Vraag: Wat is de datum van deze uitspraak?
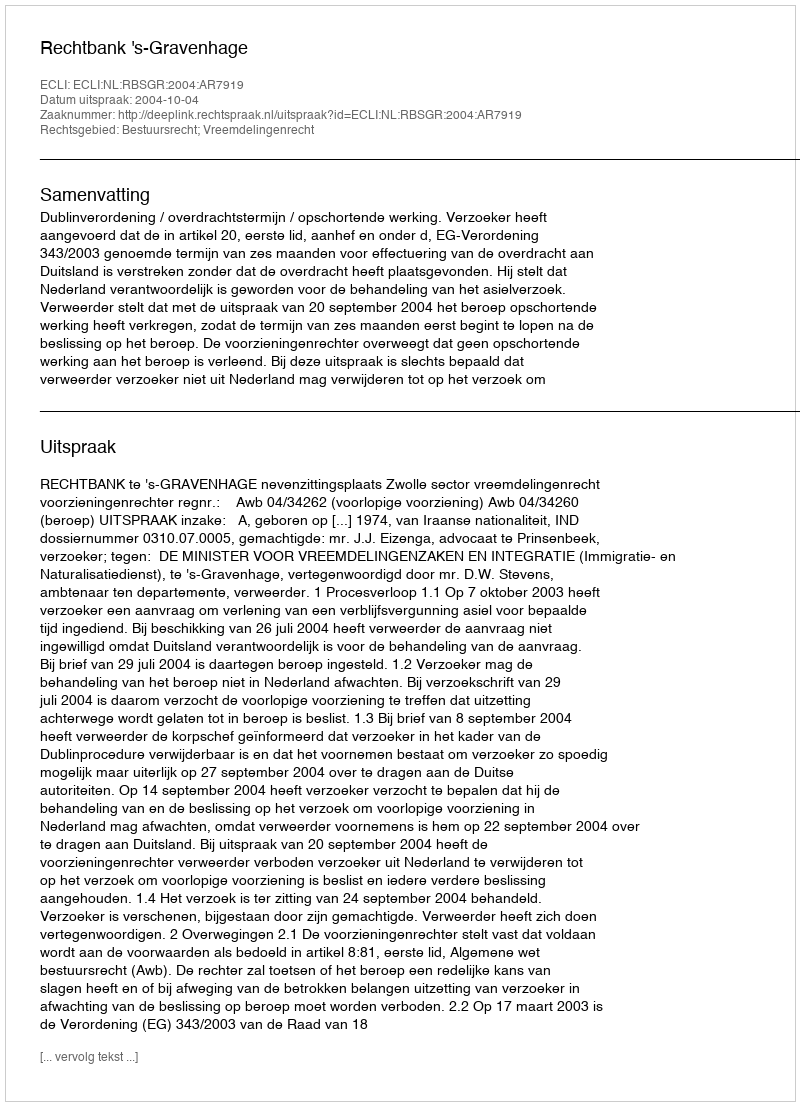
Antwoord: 2004-10-04